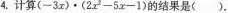
4.计算$$( -3 x ) \cdot ( 2 x ^ { 2 } - 5 x - 1 )$$的结果是( ).